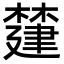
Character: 㯬